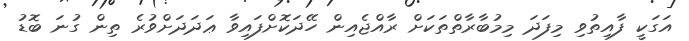
އަގަކީ ފާއިތުވި މިފަދަ މިމުބާރާތްތަކަށް ރާއްޖެއިން ހޭދަކޮށްފައިވާ ޢަދަދަށްވުރެ ތިން ގުނަ ބޮޑު